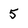
Character: 5